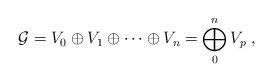
LaTeX: \begin{align*}{\mathcal G}=V_{0} \oplus V_{1} \oplus \cdots \oplus V_{n}=\bigoplus_0^n V_p \; ,\end{align*}